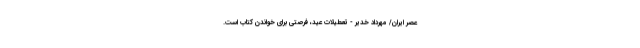
عصر ایران/ مهرداد خدیر - تعطیلات عید، فرصتی برای خواندن کتاب است.